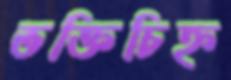
ভক্তিচিহ্ন